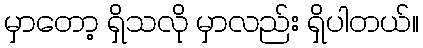
မှာတော့ ရှိသလို မှာလည်း ရှိပါတယ်။